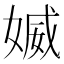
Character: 媙